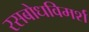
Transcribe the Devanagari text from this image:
रसबोधविमर्श